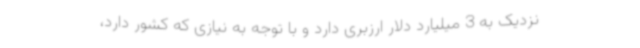
نزدیک به 3 میلیارد دلار ارزبری دارد و با توجه به نیازی که کشور دارد،